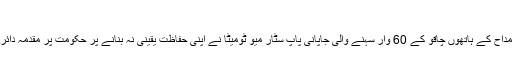
‘ (ٹوئٹر)
ایک خبطی مداح کے ہاتھوں چاقو کے 60 وار سہنے والی جاپانی پاپ سٹار میو ٹومیٹا نے اپنی حفاظت یقینی نہ بنانے پر حکومت پر مقدمہ دائر کر دیا ہے۔